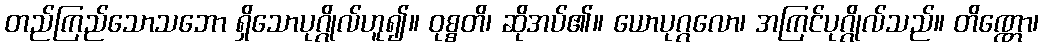
တည်ကြည်သောသဘော ရှိသောပုဂ္ဂိုလ်ဟူ၍။ ဝုစ္စတိ၊ ဆိုအပ်၏။ ယောပုဂ္ဂလော၊ အကြင်ပုဂ္ဂိုလ်သည်။ တိဏ္ဏော၊